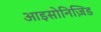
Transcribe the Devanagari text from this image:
आइसोनिज़िड